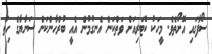
ސޯފާގައި އޮށޯތެވެ. މީހަކު ކޮޓަރިއަށް ވަތްކަން އެނގުމުން އެއީ ބުރްހާންކަން ސަނާޔާގެ ހިތް